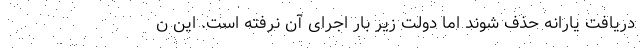
دریافت یارانه حذف شوند اما دولت زیر بار اجرای آن نرفته است. این ن